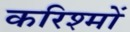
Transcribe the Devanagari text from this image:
करिश्मों